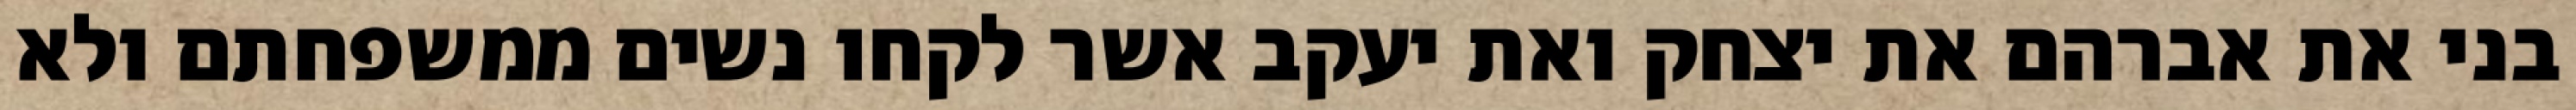
בני את אברהם את יצחק ואת יעקב אשר לקחו נשים ממשפחתם ולא